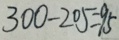
3 0 0 - 2 0 5 = 9 5